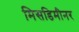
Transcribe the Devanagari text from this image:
मिसडिमीनर